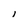
Character: l